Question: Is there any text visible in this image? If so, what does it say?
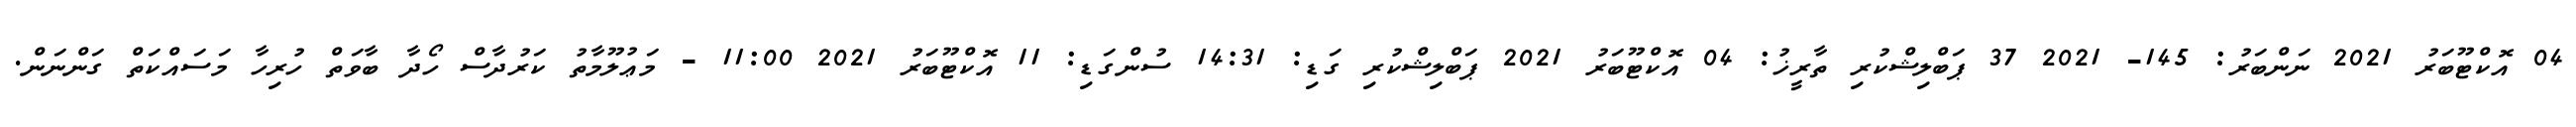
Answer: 04 އޮކްޓޫބަރު 2021 ނަންބަރު: 145- 2021 37 ޕަބްލިޝްކުރި ތާރީޚު: 04 އޮކްޓޫބަރު 2021 ޕަބްލިޝްކުރި ގަޑި: 14:31 ސުންގަޑި: 11 އޮކްޓޫބަރު 2021 11:00 - މަޢުލޫމާތު ކަރުދާސް ހޯދާ ބާވަތް ހުރިހާ މަސައްކަތް ގަންނަން.